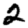
Digit: 2